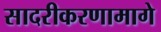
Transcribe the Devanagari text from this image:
सादरीकरणामागे